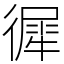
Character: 徲